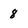
Character: 8